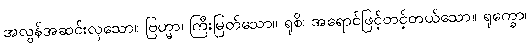
အလွန်အဆင်းလှသော။ ဗြဟ္မာ၊ ကြီးမြတ်သော။ ရုစိ၊ အရောင်ဖြင့်တင့်တယ်သော။ ရုက္ခော၊